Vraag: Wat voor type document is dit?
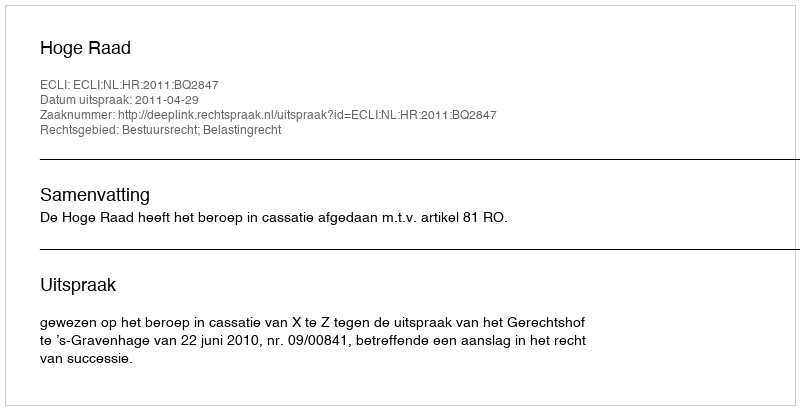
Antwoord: Uitspraak